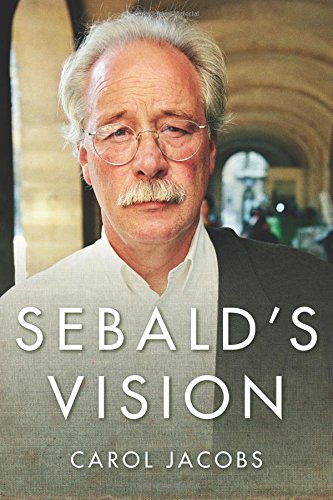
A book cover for Sebald's Vision (Literature Now); Carol Jacobs; Literature & Fiction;